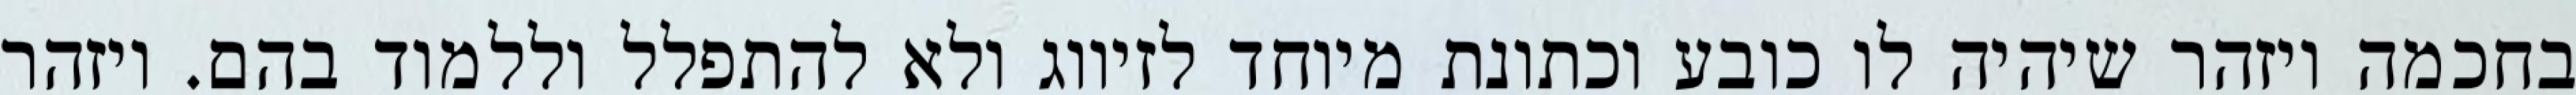
בחכמה ויזהר שיהיה לו כובע וכתונת מיוחד לזיווג ולא להתפלל וללמוד בהם. ויזהר